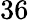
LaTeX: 36